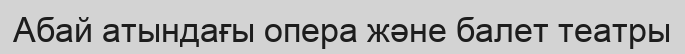
Абай атындағы опера және балет театры